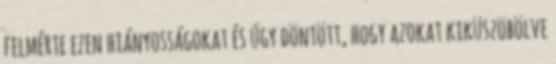
felmérte ezen hiányosságokat és úgy döntött, hogy azokat kiküszöbölve